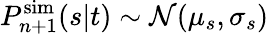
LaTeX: P_{n+1}^{\mathrm{sim}}(s|t)\sim\mathcal{N}(\mu_{s},\sigma_{s})